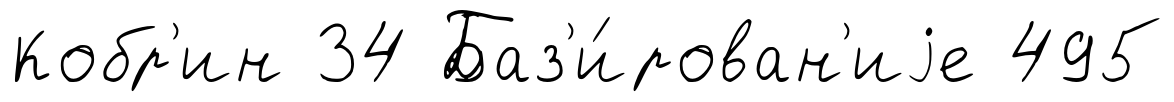
Кобр'ин 34 Баз'и́рован'иjе 495